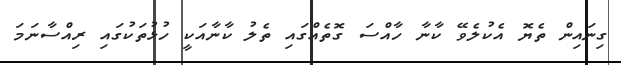
ގިނައިން ތެޔޮ އެކުލެވޭ ކާނާ ހާއްސަ ގޮތެއްގައި ތެލު ކާނާއަކީ ހުޅުތަކުގައި ރިއްސާނަމަ